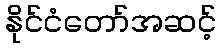
နိုင်ငံတော်အဆင့်